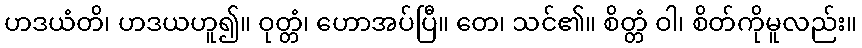
ဟဒယံတိ၊ ဟဒယဟူ၍။ ဝုတ္တံ၊ ဟောအပ်ပြီ။ တေ၊ သင်၏။ စိတ္တံ ဝါ၊ စိတ်ကိုမူလည်း။